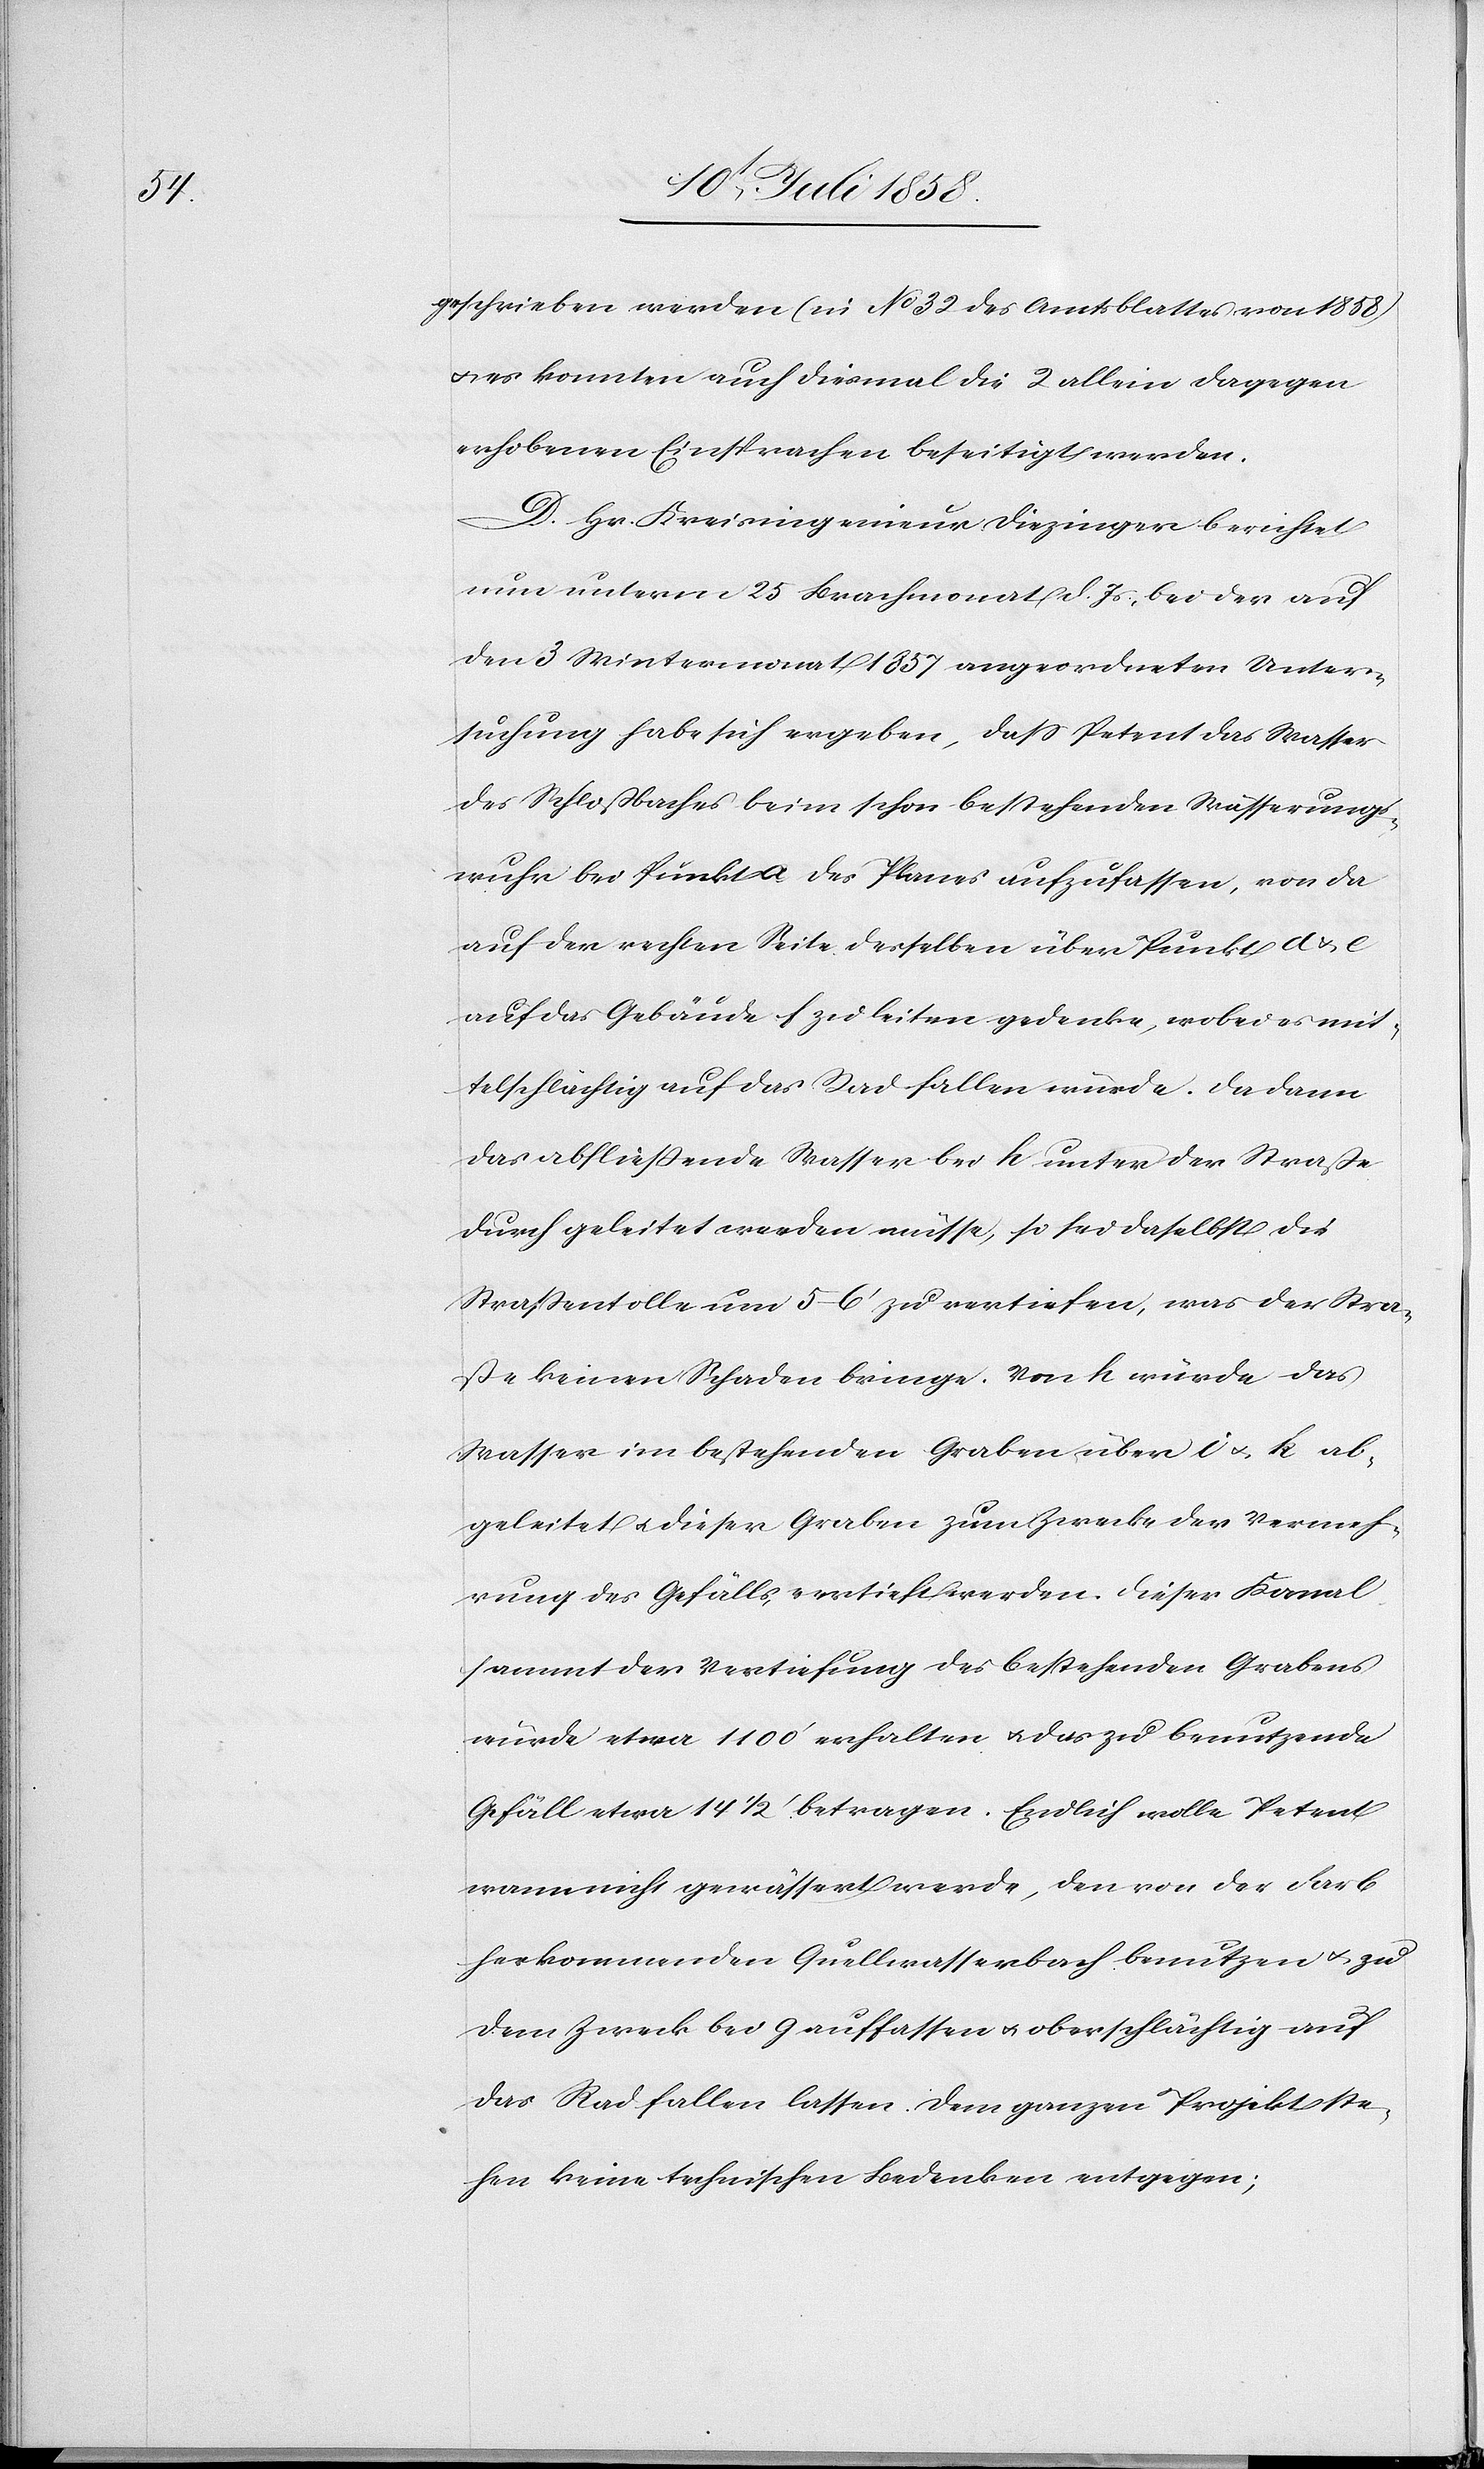
geschrieben werden (in No 32 des Amtsblattes von 1858)
es konnten auch diesmal die 2 allein dagegen
erhobenen Einsprachen beseitigt werden.
D. Hr. Kreisingenieur Diezinger berichtet
nun unterm 25 Brachmonat d. Js, bei der auf
den 3 Wintermonat 1857 angeordneten Unter¬
suchung habe sich ergeben, dass Petent das Wasser
des Schloßbaches beim schon bestehenden Wässerungs¬
wuhr bei Punkt a des Planes aufzufassen, von da
auf der rechten Seite desselben über Punkt d & e
auf das Gebäude f zu leiten gedenke, wobei es mit¬
telschlächtig auf das Rad fallen würde. Da dann
das abfließende Wasser bei h unter der Straße
durch geleitet werden müsse, so sei daselbst die
Straßentolle um 5–6‘ zu vertiefen, was der Stra¬
ße keinen Schaden bringe. Von h würde das
Wasser im bestehenden Graben über i & k ab¬
geleitet & dieser Graben zum Zwecke der Vermeh¬
rung des Gefälls, vertieft werden. Dieser Kanal
sammt der Vertiefung des bestehenden Grabens
würde etwa 1100‘ erhalten & das zu benutzende
Gefäll etwa 14 1/2 ‘ betragen. Endlich wolle Petent
wann nicht gewässert werde, den von der Farb
herkommenden Quellwasserbach benutzen & zu
dem Zweck bei g auffassen & oberschlächtig auf
das Rad fallen lassen. Dem ganzen Projekt ste¬
hen keine technischen Bedenken entgegen;